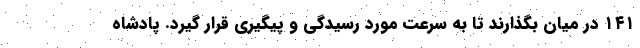
۱۴۱ در میان بگذارند تا به سرعت مورد رسیدگی و پیگیری قرار گیرد. پادشاه